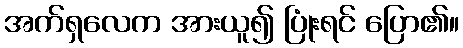
အက်ရှလေက အားယူ၍ ပြုံးရင် ပြော၏။